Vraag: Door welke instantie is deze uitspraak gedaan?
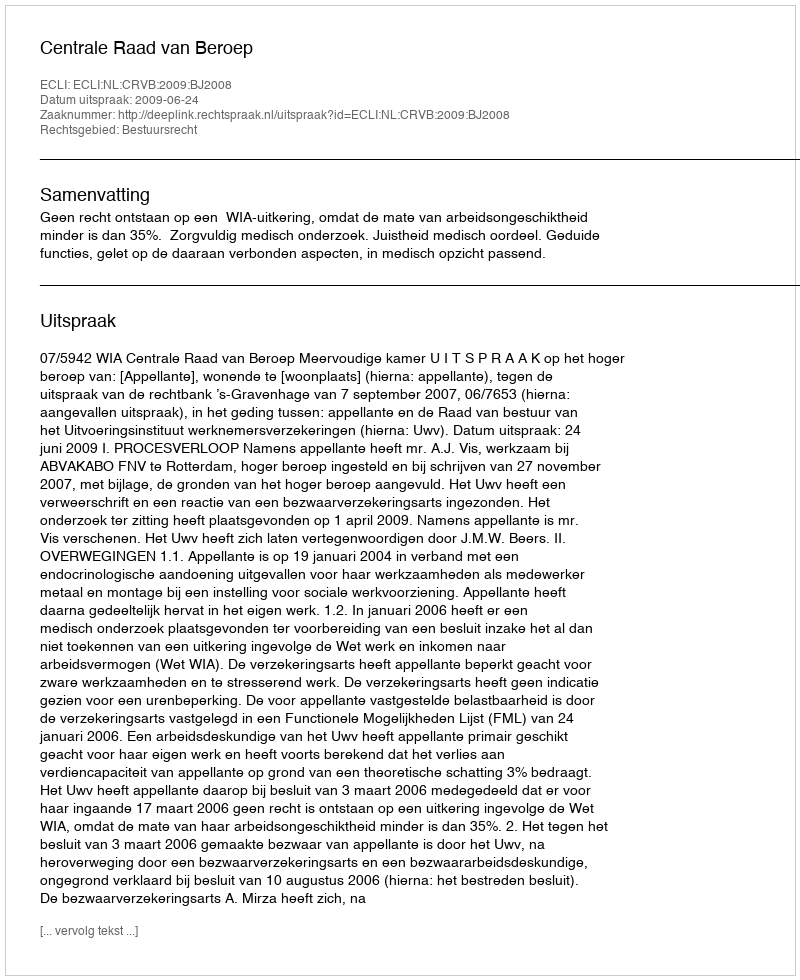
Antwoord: Centrale Raad van Beroep